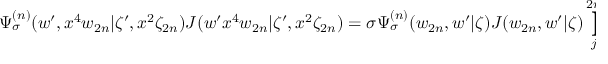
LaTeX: \Psi _ { \sigma } ^ { ( n ) } ( w ^ { \prime } , x ^ { 4 } w _ { 2 n } | \zeta ^ { \prime } , x ^ { 2 } \zeta _ { 2 n } ) J ( w ^ { \prime } x ^ { 4 } w _ { 2 n } | \zeta ^ { \prime } , x ^ { 2 } \zeta _ { 2 n } ) = \sigma \Psi _ { \sigma } ^ { ( n ) } ( w _ { 2 n } , w ^ { \prime } | \zeta ) J ( w _ { 2 n } , w ^ { \prime } | \zeta ) \prod _ { j = 1 } ^ { 2 n - 1 } \left( \frac { \zeta _ { j } } { \zeta _ { 2 n } } \right) ^ { \frac { 1 } { r } } ,